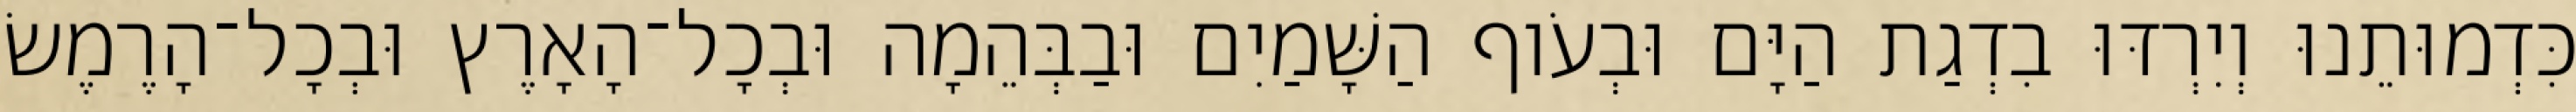
כִּדְמוּתֵנוּ וְיִרְדּוּ בִדְגַת הַיָּם וּבְעֹוף הַשָּׁמַיִם וּבַבְּהֵמָה וּבְכָל־הָאָרֶץ וּבְכָל־הָרֶמֶשׂ